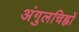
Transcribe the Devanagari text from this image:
अंगुलचिह्नों